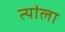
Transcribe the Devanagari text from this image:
त्यांला